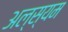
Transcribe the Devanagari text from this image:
अल्स्यम